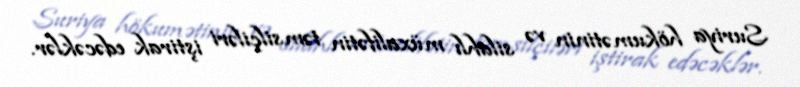
Suriya hökumətinin və silahlı müxalifətin təmsilçiləri iştirak edəcəklər.